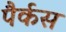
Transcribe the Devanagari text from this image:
पैर्कस